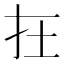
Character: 𡉈